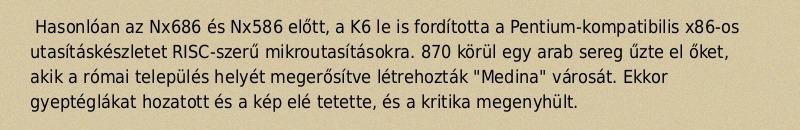
Hasonlóan az Nx686 és Nx586 előtt, a K6 le is fordította a Pentium-kompatibilis x86-os utasításkészletet RISC-szerű mikroutasításokra. 870 körül egy arab sereg űzte el őket, akik a római település helyét megerősítve létrehozták "Medina" városát. Ekkor gyeptéglákat hozatott és a kép elé tetette, és a kritika megenyhült.